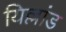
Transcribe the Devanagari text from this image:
यिल्लांड